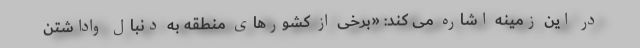
در این زمینه اشاره می کند: «برخی از کشورهای منطقه به دنبال واداشتن